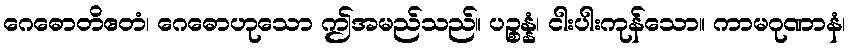
ဂေဓောတိဧတံ၊ ဂေဓောဟုသော ဤအမည်သည်။ ပဉ္စန္နံ၊ ငါးပါးကုန်သော။ ကာမဂုဏာနံ၊